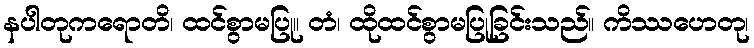
နပါတုကရောတိ၊ ထင်စွာမပြု။ တံ၊ ထိုထင်စွာမပြုခြင်းသည်။ ကိဿဟေတု၊